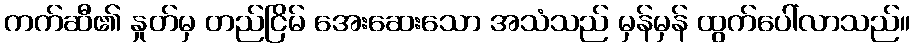
ကက်ဆီ၏ နှုတ်မှ တည်ငြိမ် အေးဆေးသော အသံသည် မှန်မှန် ထွက်ပေါ်လာသည်။